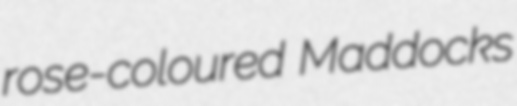
rose-coloured Maddocks